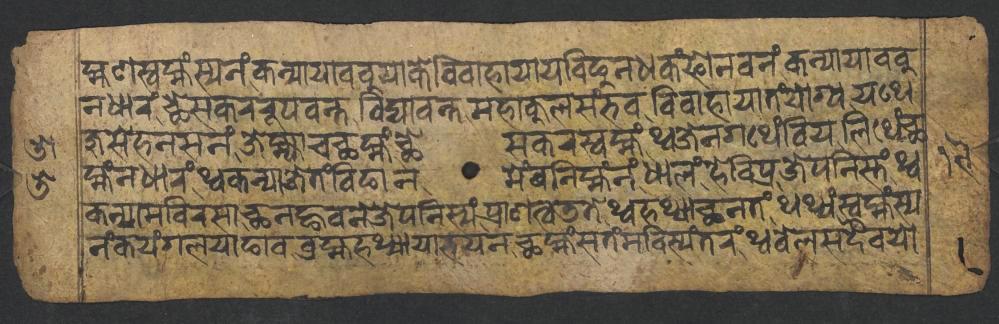
𑐴𑑂𑐩𑐞𑐳𑑂𑐰𑐩𑑂𑐴𑑄𑐳𑑂𑐫𑐣𑑄𑐎𑐣𑑂𑐫𑐵𑐫𑐵𑐧𑐧𑐸𑐫𑐵𑐎𑐾𑐰𑐶𑐰𑐵𑐴𑐵𑐫𑐵𑐫𑐧𑐶𑐒𑐸𑐣𑐢𑐎𑑄𑐦𑑀𑐣𑐰𑐣𑑄𑐎𑐣𑑂𑐫𑐵𑐫𑐵𑐧𑐧𑐸 𑐣𑐢𑐵𑐬𑑄𑐕𑐾𑐳𑐎𑐬𑐬𑐹𑐥𑐰𑐣𑑂𑐟𑐰𑐶𑐡𑑂𑐫𑐵𑐰𑐣𑑂𑐟𑐩𑐴𑐵𑐎𑐸𑐮𑐳𑑄𑐨𑐰𑐰𑐶𑐰𑐵𑐴𑐵𑐫𑐵𑐟𑑄𑐫𑑀𑐐𑑂𑐫𑐫𑐠𑐾 𑐖𑐸𑐳𑐾𑐴𑐣𑐳𑐣𑑄𑐖𑐾𑐩𑑂𑐴𑑂𑐫𑐵𑐔𑐕𑐩𑑂𑐴𑑄𑐕𑐾𑐳𑐎𑐬𑐳𑑂𑐰𑐩𑑂𑐴𑑄𑐠𑑂𑐰𑐖𑐾𑐣𑐐𑐠𑐾𑑄𑐧𑐶𑐫𑐮𑐶𑐠𑐾𑑄𑐕 𑐩𑑂𑐴𑑄𑐣𑐢𑐵𑐬𑑄𑐠𑑂𑐰𑐎𑐣𑑂𑐫𑐵𑐖𑐾𑐟𑑄𑐧𑐶𑐒𑐵𑐣𑐩𑐾𑑄𑐰𑐣𑐶𑐩𑑂𑐴𑑄𑐣𑑄𑐢𑐵𑐮𑑄𑐴𑐾𑐰𑐶𑐥𑑂𑐬𑐖𑐾𑐥𑐣𑐶𑐳𑑂𑐟𑑄𑐠𑑂𑐰 𑐎𑐣𑑂𑐫𑐵𑐩𑐧𑐶𑐬𑐳𑐵𑐕𑐣𑐒𑑂𑐴𑐰𑐣𑐾𑐖𑐾𑐥𑐣𑐶𑐳𑑂𑐫𑑄𑐥𑑂𑐬𑐵𑐞𑐟𑑂𑐰𑐜𑐟𑐾𑐠𑑂𑐰𑐴𑐠𑑂𑐫𑐵𑐕𑐣𑐟𑑄𑐠𑐠𑑂𑐫𑑄𑐳𑑂𑐰𑐩𑑂𑐴𑑄𑐳𑑂𑐫 𑐣𑑄𑐎𑐫𑑄𑐐𑐮𑐫𑐵𑐒𑐵𑐰𑐧𑑂𑐬𑐴𑑂𑐩𑐴𑐠𑑂𑐫𑐵𑐫𑐵𑐨𑐫𑐣𑐕𑐩𑑂𑐴𑑄𑐳𑐟𑑄𑐩𑐧𑐶𑐳𑑂𑐫𑑄𑐟𑐬𑑄𑐠𑑂𑐰𑐧𑐾𑐮𑐳𑐡𑐿𑐰𑐫𑑀